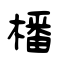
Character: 橎